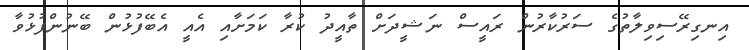
އިނގިރޭސިވިލާތުގެ ސަރުކާރުން ރައީސް ނަޝީދަށް ތާއީދު ކުރާ ކަމަށާއި އެއީ އެބޭފުޅުން ބޭނުންފުޅުވާ